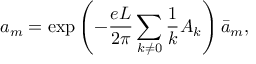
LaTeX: a _ { m } = \mathrm { e x p } \left( - \frac { e L } { 2 \pi } \sum _ { k \neq 0 } \frac { 1 } { k } A _ { k } \right) { \bar { a } } _ { m } ,